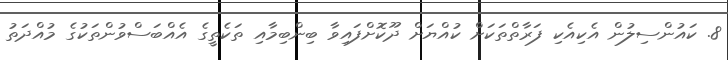
8. ކައުންސިލުން އެކިއެކި ފަރާތްތަކަށް ކުއްޔަށް ދޫކޮށްފައިވާ ބިންބިމާއި ތަކެތީގެ އެއްބަސްވުންތަކުގެ މުއްދަތު